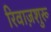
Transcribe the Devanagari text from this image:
रिवाज़शुरू